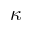
\kappa